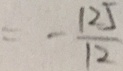
= - \frac { 1 2 5 } { 1 2 }